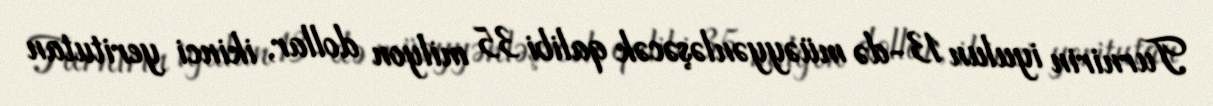
Turnirin iyulun 13-də müəyyənləşəcək qalibi 35 milyon dollar, ikinci yeritutan